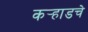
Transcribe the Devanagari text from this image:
कर्‍हाडचे